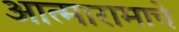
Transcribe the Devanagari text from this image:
आत्मारामाचे